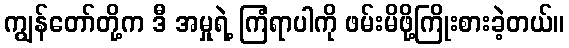
ကျွန်တော်တို့က ဒီ အမှုရဲ့ ကြံရာပါကို ဖမ်းမိဖို့ကြိုးစားခဲ့တယ်။